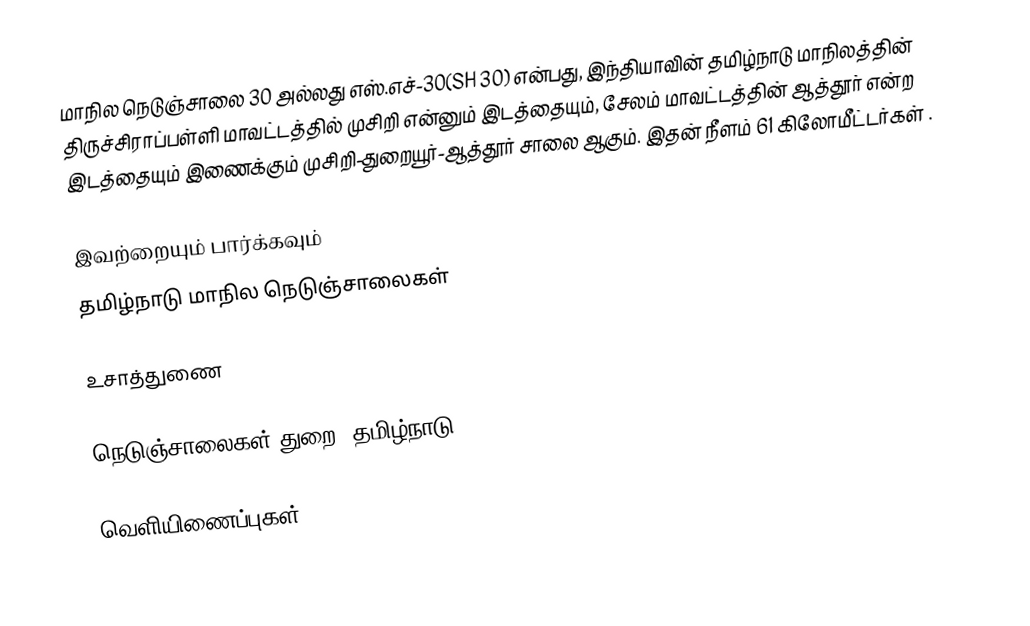
மாநில நெடுஞ்சாலை 30 அல்லது எஸ்.எச்-30(SH 30) என்பது, இந்தியாவின் தமிழ்நாடு மாநிலத்தின் திருச்சிராப்பள்ளி மாவட்டத்தில் முசிறி என்னும் இடத்தையும், சேலம் மாவட்டத்தின் ஆத்தூர் என்ற இடத்தையும் இணைக்கும் முசிறி-துறையூர்-ஆத்தூர் சாலை ஆகும். இதன் நீளம் 61  கிலோமீட்டர்கள் .

இவற்றையும் பார்க்கவும்
 தமிழ்நாடு மாநில நெடுஞ்சாலைகள்

உசாத்துணை

 நெடுஞ்சாலைகள் துறை, தமிழ்நாடு

வெளியிணைப்புகள்